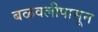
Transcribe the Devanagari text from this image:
बळवलीपासून